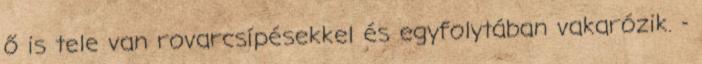
ő is tele van rovarcsípésekkel és egyfolytában vakarózik. -